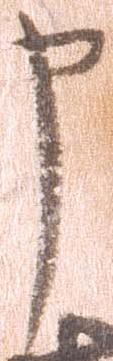
申